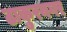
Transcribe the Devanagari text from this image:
ठाकुरनगर